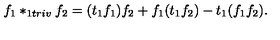
f _ { 1 } * _ { 1 t r i v } f _ { 2 } = ( t _ { 1 } f _ { 1 } ) f _ { 2 } + f _ { 1 } ( t _ { 1 } f _ { 2 } ) - t _ { 1 } ( f _ { 1 } f _ { 2 } ) .